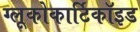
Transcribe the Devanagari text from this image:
ग्लूकोकार्टिकॉइड